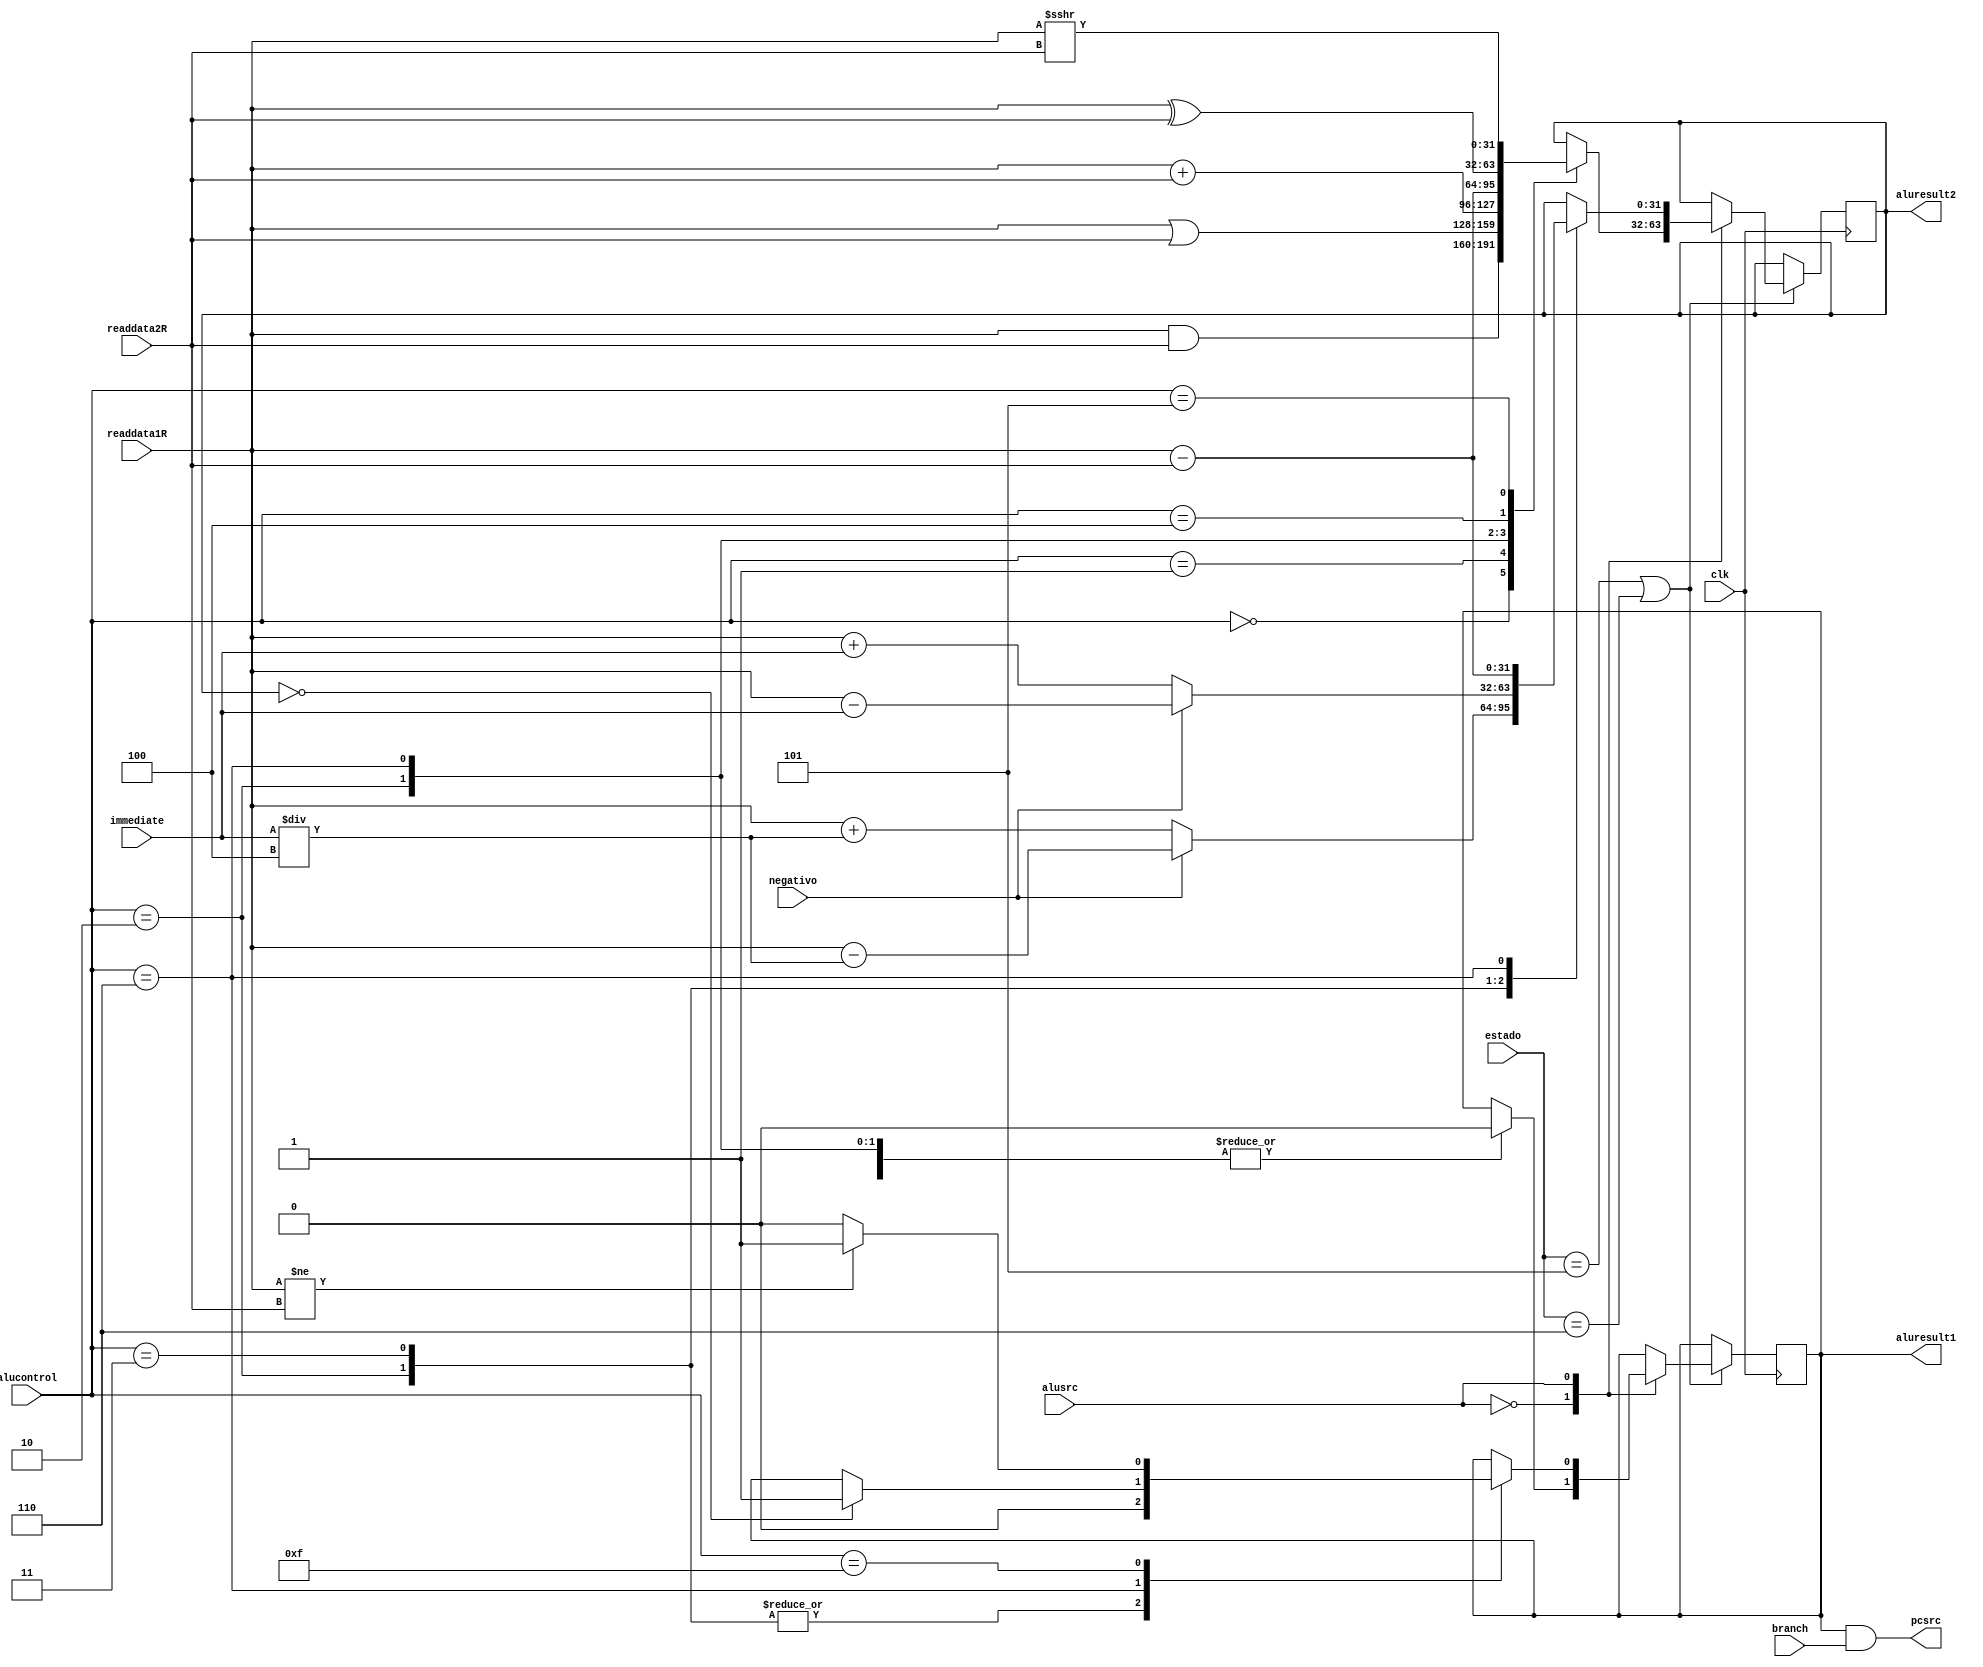
module alu (clk, readdata1R, readdata2R, alusrc, alucontrol, immediate, aluresult1, aluresult2, pcsrc, branch, estado, negativo);
    input wire clk; // clock
    input wire [3:0] estado; // estado atual da maquina de estados
    input [31:0] readdata1R; // registrador de leitura 1
    input [31:0] readdata2R; // registrador de leitura 2
    input alusrc; // sinal de controle para saber se a alu vai usar imediato ou no
    input [11:0] immediate; // imediato
    input branch; // sinal de controle para o desvio
    input [3:0] alucontrol; // sinal de controle para qual operao a alu vai fazer
    input negativo; // sinal de controle para saber se o imediato  negativo ou no
    output reg aluresult1; // sinal de controle de desvio
    output reg [31:0] aluresult2; // resultado da alu
    output pcsrc; // sinal de controle para o pc saber se vai ser incrementado com imeadiato ou no

    assign pcsrc = aluresult1 & branch;

    always @(posedge clk) begin
        //estados em a alu  usada
        if ((estado == 4'b0101) || (estado == 4'b0110 )) begin // Estado de execuo
            //alusrc define se a alu vai usar imediato ou no
            case (alusrc)
                1'b0: begin // operaes para funes que no usam imediato
                    //alucontrol define a operao que a alu vai fazer
                    case (alucontrol)
                        4'b0000: begin // and
                            aluresult2 <= readdata1R & readdata2R;
                            aluresult1 <= 1'b0;
                        end
                        4'b0001: begin // or
                            aluresult2 <= readdata1R | readdata2R;
                            aluresult1 <= 1'b0;
                        end
                        4'b0010: begin // soma
                            aluresult2 <= readdata1R + readdata2R;
                            aluresult1 <= 1'b0;
                        end
                        4'b0110: begin //subtrao
                            aluresult2 <= readdata1R - readdata2R;
                            aluresult1 <= 1'b0;
                        end
                        4'b0100: begin // xor
                            aluresult2 <= readdata1R ^ readdata2R;
                            aluresult1 <= 1'b0;
                        end
                        4'b0101: begin // slr
                            aluresult2 <= readdata1R >>> readdata2R;
                            aluresult1 <= 1'b0;
                        end
                    endcase
                end
                1'b1: begin // operaes para funes que usam imediato
                    case (alucontrol)
                        4'b0010: begin // soma lw e sw
                            if(negativo == 1'b1) begin
                                aluresult2 <= readdata1R - (immediate/4); // divindo por 4 pois a memoria  acessada de 1 em 1
                            end else begin
                                aluresult2 <= readdata1R + (immediate/4); // divindo por 4 pois a memoria  acessada de 1 em 1
                            end
                            aluresult1 <= 1'b0;
                            
                        end
                        4'b0011: begin // addi
                            if(negativo == 1'b1) begin
                                aluresult2 <= readdata1R - immediate; // subtraindo pois o imediato  negativo
                            end else begin
                                aluresult2 <= readdata1R + immediate; // somando pois o imediato  positivo
                            end
                            aluresult1 <= 1'b0;
                            
                        end
                        4'b0110: begin //subtrao para beq
                            aluresult2 <= readdata1R - readdata2R; // comparando os registradores para ver se so iguais e fazer o desvio
                            if(aluresult2 == 0) begin
                                aluresult1 <= 1'b1;
                            end
                        end
                        4'b1111: begin // bne
                            if(readdata1R != readdata2R) begin // comparando os registradores para ver se so diferentes e fazer o desvio
                                aluresult1 <= 1'b1;
                            end 
                            else begin
                                aluresult1 <= 1'b0;
                            end
                        end
                    endcase
                end
            endcase
        end
    end
    
endmodule